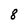
Character: 8